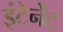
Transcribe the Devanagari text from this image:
इंटेर्नेट